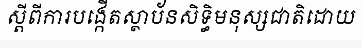
ស្តីពីការបង្កើតស្ថាប័នសិទ្ធិមនុស្សជាតិដោយ